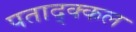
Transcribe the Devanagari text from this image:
पताद्क्कल